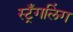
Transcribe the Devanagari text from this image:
स्ट्रँगलिंग